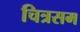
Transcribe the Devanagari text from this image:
चित्रसम